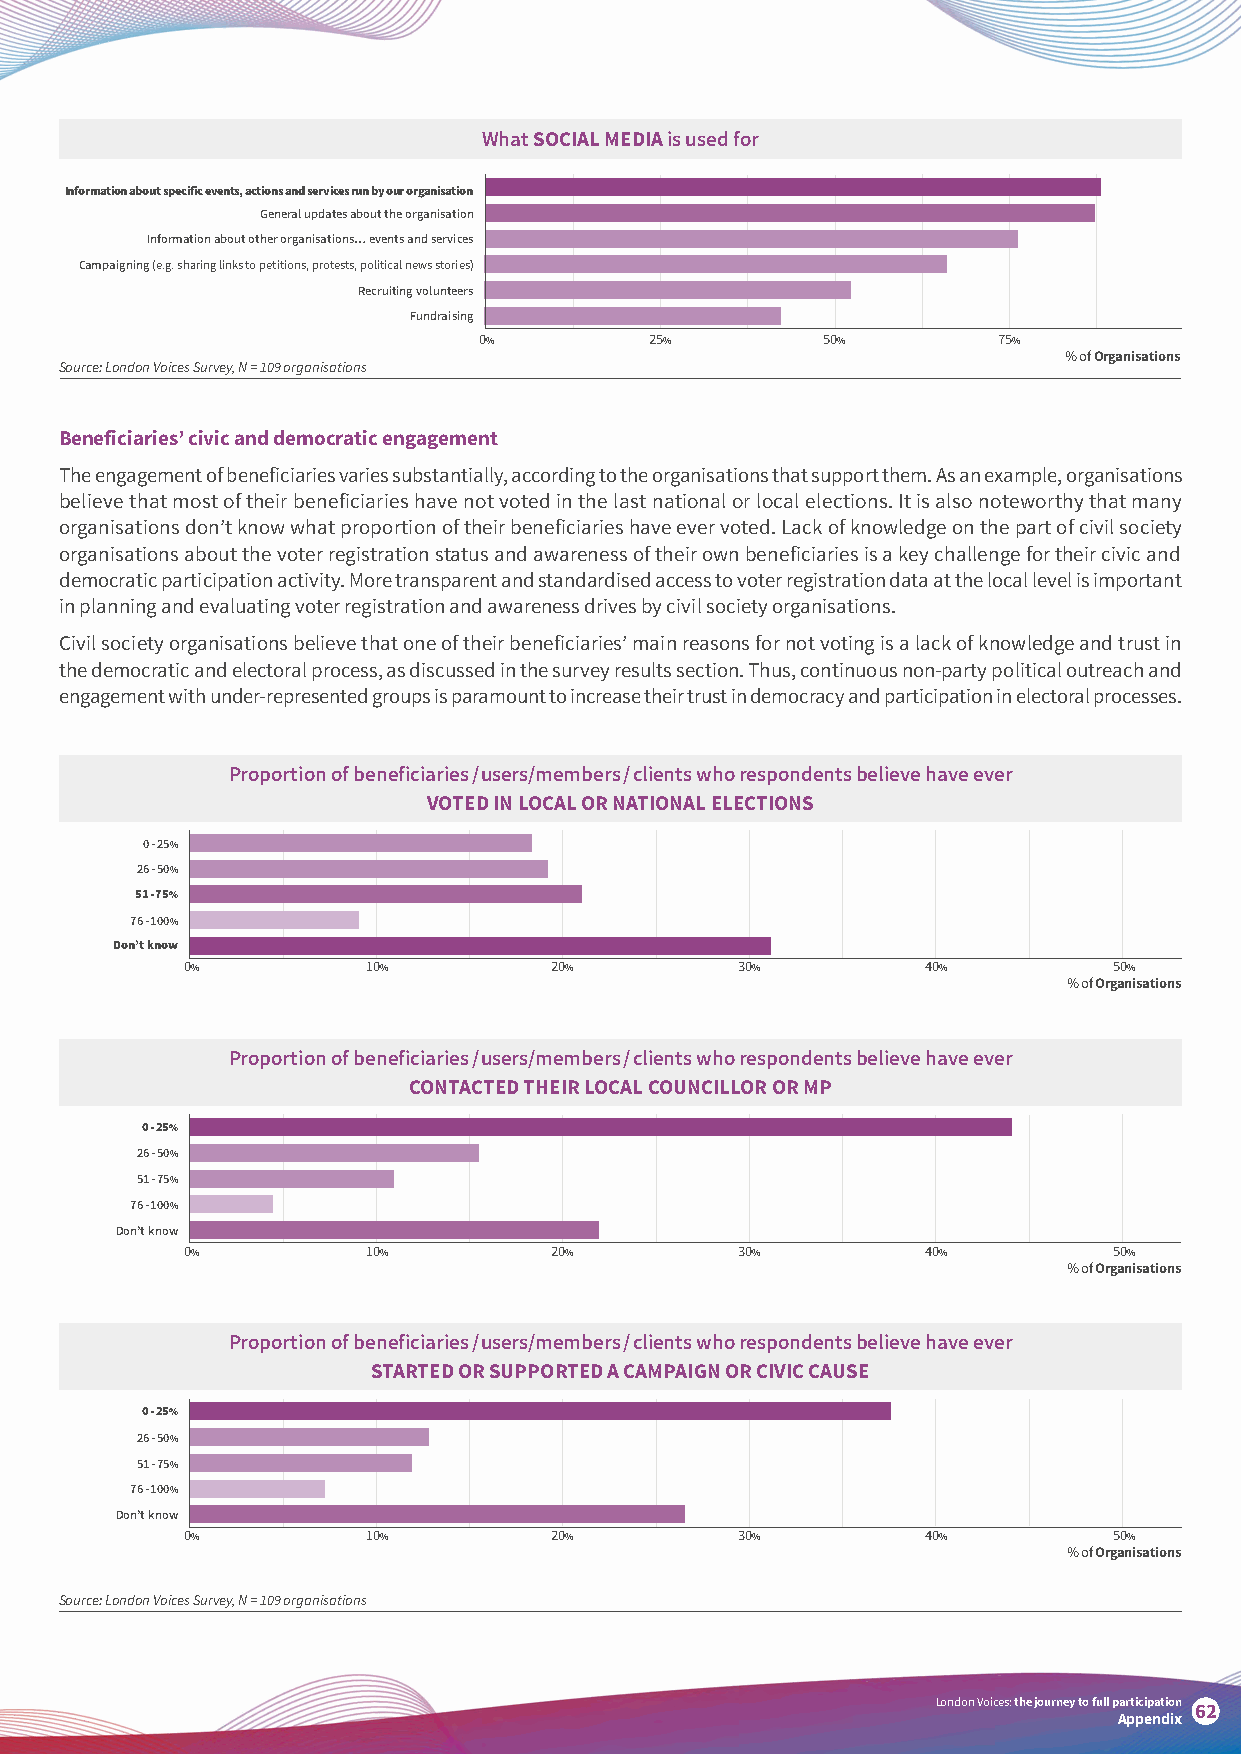
What SOCIAL MEDIA is used for
 Information about specific events, actions and services run by our organisation
 General updates about the organisation
 Information about other organisations… events and services
 Campaigning (e.g. sharing links to petitions, protests, political news stories)
 Recruiting volunteers
 Fundraising
 0%         25%        50%         75%
 % of Organisations
 Source: London Voices Survey, N = 109 organisations
 Beneficiaries’ civic and democratic engagement
 The engagement of beneficiaries varies substantially, according to the organisations that support them. As an example, organisations
 believe that most of their beneficiaries have not voted in the last national or local elections. It is also noteworthy that many
 organisations don’t know what proportion of their beneficiaries have ever voted. Lack of knowledge on the part of civil society
 organisations about the voter registration status and awareness of their own beneficiaries is a key challenge for their civic and
 democratic participation activity. More transparent and standardised access to voter registration data at the local level is important
 in planning and evaluating voter registration and awareness drives by civil society organisations.
 Civil society organisations believe that one of their beneficiaries’ main reasons for not voting is a lack of knowledge and trust in
 the democratic and electoral process, as discussed in the survey results section. Thus, continuous non-party political outreach and
 engagement with under-represented groups is paramount to increase their trust in democracy and participation in electoral processes.
 Proportion of beneficiaries / users/members / clients who respondents believe have ever
 VOTED IN LOCAL OR NATIONAL ELECTIONS
 0 - 25%
 26 - 50%
 51 - 75%
 76 - 100%
 Don’t know
 0%          10%         20%          30%         40%          50%
 % of Organisations
 Proportion of beneficiaries / users/members / clients who respondents believe have ever
 CONTACTED THEIR LOCAL COUNCILLOR OR MP
 0 - 25%
 26 - 50%
 51 - 75%
 76 - 100%
 Don’t know
 0%          10%         20%          30%         40%          50%
 % of Organisations
 Proportion of beneficiaries / users/members / clients who respondents believe have ever
 STARTED OR SUPPORTED A CAMPAIGN OR CIVIC CAUSE
 0 - 25%
 26 - 50%
 51 - 75%
 76 - 100%
 Don’t know
 0%          10%         20%          30%         40%          50%
 % of Organisations
 Source: London Voices Survey, N = 109 organisations
 London Voices: the journey to full participation
 62
 Appendix